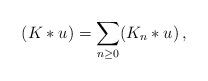
LaTeX: \begin{align*}(K*u)= \sum_{n\geq 0} (K_n*u)\,,\end{align*}